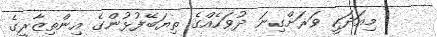
މިއަދަކީ ވަރަށްގިނަ ދުވަހެއްގެ ތިޔަބޭފުޅުންގެ އިންތިޒާރީގެ